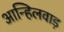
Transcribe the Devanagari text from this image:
आन्हिलवाड़